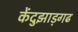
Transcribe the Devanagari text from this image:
केंदुझाड़गढ